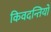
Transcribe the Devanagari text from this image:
किवदन्तियों